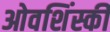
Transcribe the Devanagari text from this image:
ओवशिंस्की